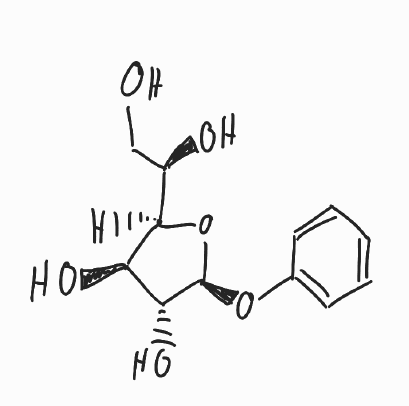
Simplified molecular-input line-entry system (SMILES) notation of the given molecule:
C1=CC=C(C=C1)O[C@H]2[C@@H]([C@H]([C@H](O2)[C@@H](CO)O)O)O